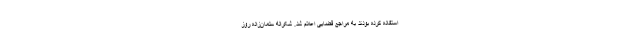
استفاده کرده بودند به مراجع قضایی اعلام شد. شکراله سلمان‌زاده روز